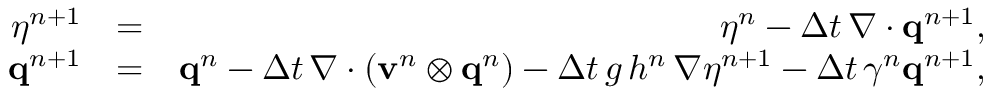
\begin{array} { r l r } { \eta ^ { n + 1 } } & { = } & { \eta ^ { n } - \Delta t \, \nabla \cdot \mathbf { q } ^ { n + 1 } , } \\ { \mathbf { q } ^ { n + 1 } } & { = } & { \mathbf { q } ^ { n } - \Delta t \, \nabla \cdot \left( \mathbf { v } ^ { n } \otimes \mathbf { q } ^ { n } \right) - \Delta t \, g \, h ^ { n } \, \nabla \eta ^ { n + 1 } - \Delta t \, \gamma ^ { n } \mathbf { q } ^ { n + 1 } , } \end{array}